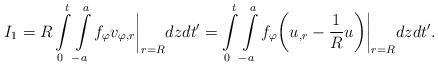
LaTeX: \begin{align*}I_1=R\intop_0^t\intop_{-a}^af_\varphi v_{\varphi,r}\bigg|_{r=R}dzdt'=\intop_0^t\intop_{-a}^af_\varphi\bigg(u_{,r}-{1\over R}u\bigg)\bigg|_{r=R}dzdt'.\end{align*}